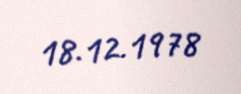
18.12.1978